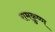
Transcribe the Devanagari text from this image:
रामकृुष्ण